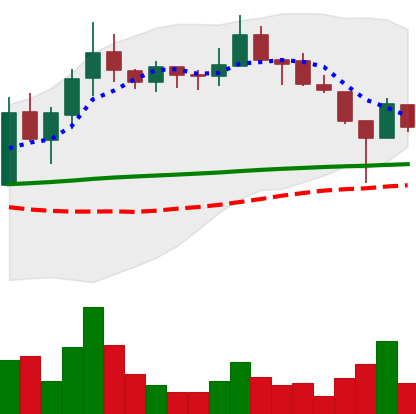
Ticker: LINK-USD
Chart end date: 2019-01-30
Forward return: -7.607%
Label: down_7plus